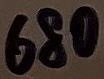
Text: 680